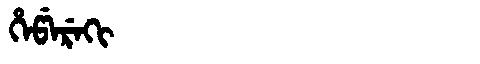
Manchu: ᡥᡝᡦᡝᡵᡝᡴᡳ
Romanization: HEPEREKI